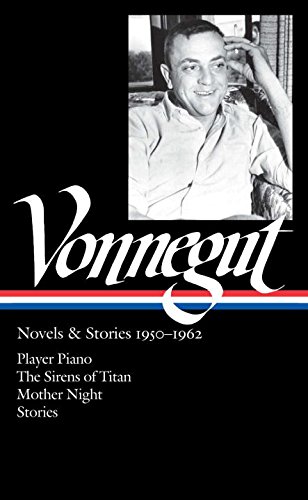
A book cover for Kurt Vonnegut: Novels & Stories 1950-1962: Player Piano / The Sirens of Titan /: Library of America #226; Kurt Vonnegut; Science Fiction & Fantasy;